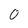
Character: 0